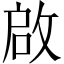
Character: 啟